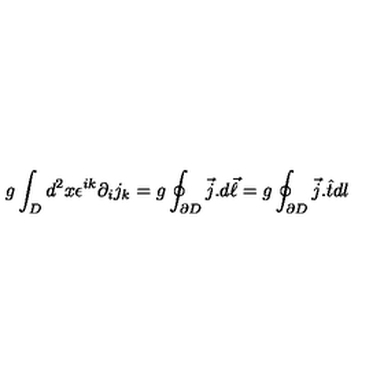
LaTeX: g \int _ { D } d ^ { 2 } x \epsilon ^ { i k } \partial _ { i } j _ { k } = g \oint _ { \partial D } \vec { j } . d \vec { \ell } = g \oint _ { \partial D } \vec { j } . \hat { t } d l